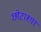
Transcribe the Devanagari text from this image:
छोटाश्या